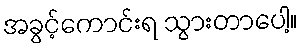
အခွင့်ကောင်းရ သွားတာပေါ့။